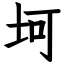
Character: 坷